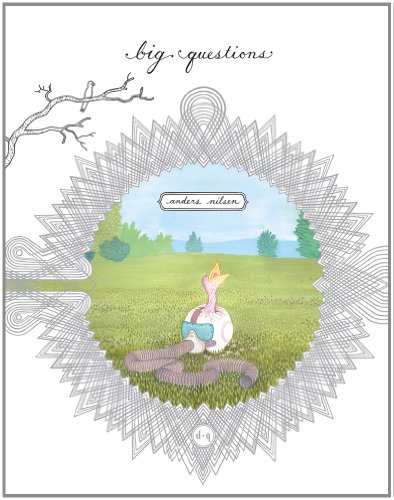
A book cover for Big Questions; Anders Nilsen; Comics & Graphic Novels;